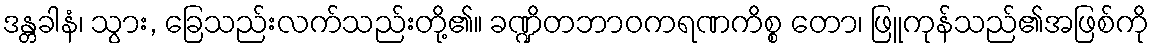
ဒန္တခါနံ၊ သွား, ခြေသည်းလက်သည်းတို့၏။ ခဏ္ဍိတဘာဝကရဏကိစ္စ တော၊ ဖြူကုန်သည်၏အဖြစ်ကို